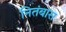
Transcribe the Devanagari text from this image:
नितंबास